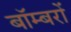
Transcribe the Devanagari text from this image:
बाॅम्बरों